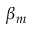
\beta _ { m }